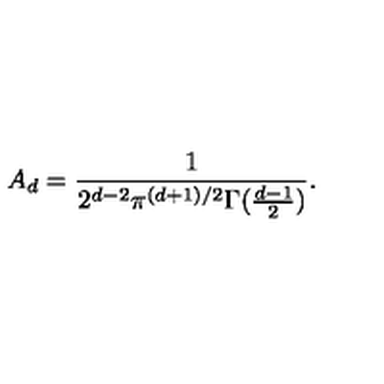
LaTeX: A _ { d } = \frac { 1 } { 2 ^ { d - 2 } \pi ^ { ( d + 1 ) / 2 } \Gamma ( \frac { d - 1 } { 2 } ) } .